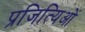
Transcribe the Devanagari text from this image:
प्रजित्यिओं